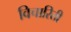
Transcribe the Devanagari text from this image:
विचारिती